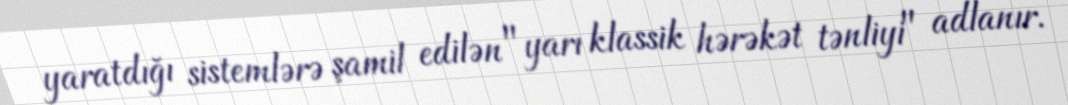
yaratdığı sistemlərə şamil edilən "yarı klassik hərəkət tənliyi" adlanır.